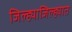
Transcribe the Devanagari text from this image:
जिल्ह्याजिल्ह्यात